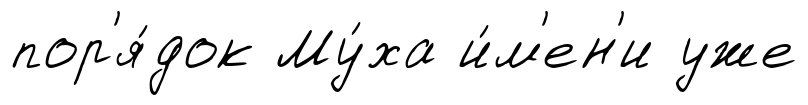
пор'я́док Му́ха и́м'ен'и уже